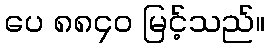
ပေ ၈၈၄၀ မြင့်သည်။